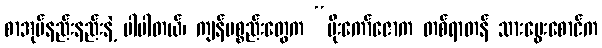
စာအုပ်နည်းနည်းနဲ့ ပါပါတယ်၊ ကျန်ပစ္စည်းတွေက “ပိုးကော်ဇောက တစ်ရာတန် သားမွေးစောင်က